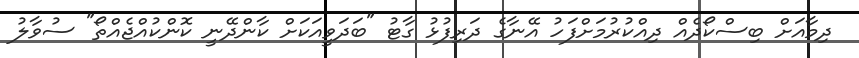
ދިމާއަށް ބިސްކޯދެއް ދިއްކުރުމަށްފަހު އޭނާގެ ދަރިފުޅު ގާޓު "ބަދަވީއަކަށް ކާންދޭނީ ކޮންކުއްޖެއްތޯ" ސުވާލު